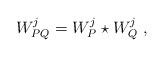
LaTeX: \begin{align*}W_{PQ}^{j}=W_{P}^{j}\star W_{Q}^{j} \ , \end{align*}